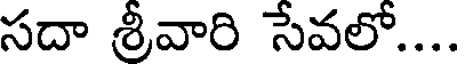
సదా శ్రీవారి సేవలో....